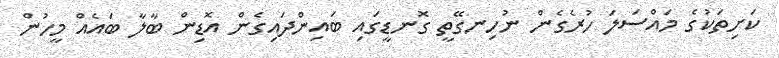
ކަށިތަކުގެ މައްސަލަ ހުރެގެން ނުހިނގޭތީ ގޮނޑީގައި ބައިންދައިގެން އޮޑިން ބާލާ ބައެއް މީހުން